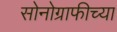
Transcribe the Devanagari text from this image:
सोनोग्राफीच्या